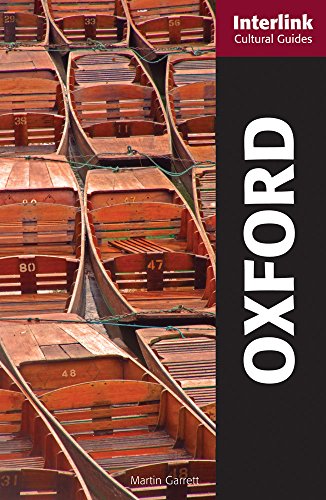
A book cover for Oxford: A Cultural Guide (Interlink Cultural Guides); Martin Garrett; Travel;